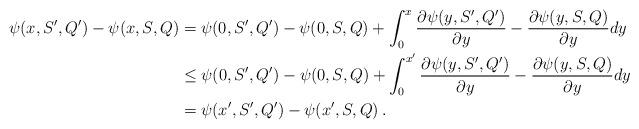
LaTeX: \begin{align*}\psi(x,S',Q') - \psi(x,S,Q)& = \psi(0,S',Q') - \psi(0,S,Q) + \int_0^x \frac{\partial \psi(y,S',Q')}{\partial y} - \frac{\partial \psi(y,S,Q)}{\partial y} dy \\& \le \psi(0,S',Q') - \psi(0,S,Q) + \int_0^{x'} \frac{\partial \psi(y,S',Q')}{\partial y} - \frac{\partial \psi(y,S,Q)}{\partial y} dy \\& = \psi(x',S',Q') - \psi(x',S,Q) \: .\end{align*}